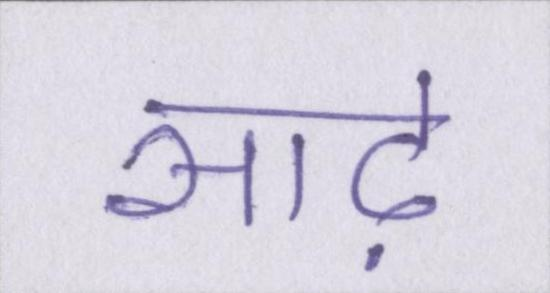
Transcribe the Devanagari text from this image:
साढ़े